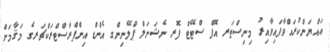
ޢައްޔަންކުރައްވާފައިވާއިރު މިނިސްޓަރ އޮފް ސްޓޭޓް ފޮރ ނެޝަނަލް ޕްލޭނިންގ އެންޑް އިންފްރާސްޓްރަކްޗަރގެ މަޤާމަށް